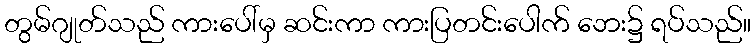
တွမ်ဂျုတ်သည် ကားပေါ်မှ ဆင်းကာ ကားပြတင်းပေါက် ဘေး၌ ရပ်သည်။